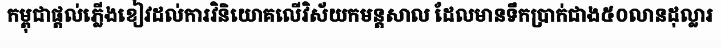
កម្ពុជាផ្តល់ភ្លើងខៀវដល់ការវិនិយោគលើវិស័យកមន្តសាល ដែលមានទឹកប្រាក់ជាង៥០លានដុល្លារ